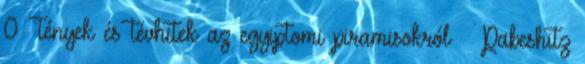
0 Tények és tévhitek az egyiptomi piramisokról – Pabeshitz